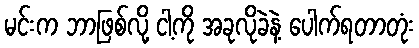
မင်းက ဘာဖြစ်လို့ ငါ့ကို အခုလိုခဲနဲ့ ပေါက်ရတာတုံး